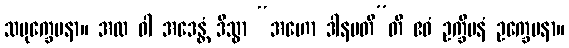
သမုက္ခေပနာ။ အထ ဝါ အဒေန္တံ ဒိသွာ “အဟော ဒါနပတီ”တိ ဧဝံ ဥက္ခိပနံ ဥက္ခေပနာ။